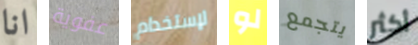
انا عفوية لإستخدام لو يتجمع أكثر